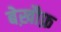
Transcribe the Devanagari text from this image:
बेख़ौफ़